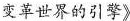
变革世界的引擎》